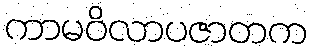
ကာမဝိလာပဇာတက